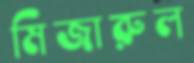
মিজারুল